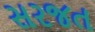
સરજત